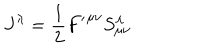
J ^ { \lambda } = \frac { 1 } { 2 } { F ^ { \prime } } ^ { { \mu } { \nu } } S _ { { \mu } { \nu } } ^ { \lambda }